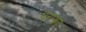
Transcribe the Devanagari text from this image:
पराञ्जपे